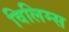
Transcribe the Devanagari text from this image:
विलिम्स